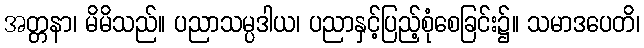
အတ္တနာ၊ မိမိသည်။ ပညာသမ္ပဒါယ၊ ပညာနှင့်ပြည့်စုံစေခြင်း၌။ သမာဒပေတိ၊